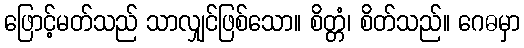
ဖြောင့်မတ်သည် သာလျှင်ဖြစ်သော။ စိတ္တံ၊ စိတ်သည်။ ဂေဓမှာ